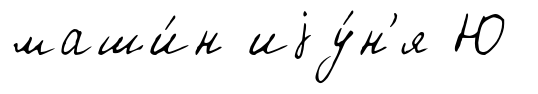
маши́н иjу́н'я Ю